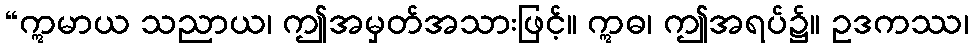
“ဣမာယ သညာယ၊ ဤအမှတ်အသားဖြင့်။ ဣဓ၊ ဤအရပ်၌။ ဥဒကဿ၊